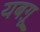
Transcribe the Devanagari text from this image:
यबग़ू